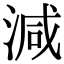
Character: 減